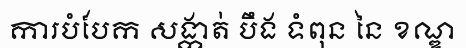
ការបំបែក សង្កាត់ បឹង ទំពុន នៃ ខណ្ឌ